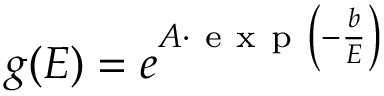
g ( E ) = e ^ { A \cdot \mathrm { ~ e ~ x ~ p ~ } \left( - \frac { b } { E } \right) }